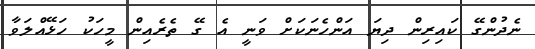
ނެދުންގޭ ކައިރިން ދިޔަ އަންހެނަކަށް ވަނީ އެ ގޭ ތެރެއިން މީހަކު ހަޅޭއްލަވާ